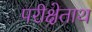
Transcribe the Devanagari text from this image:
परीक्षेताथ